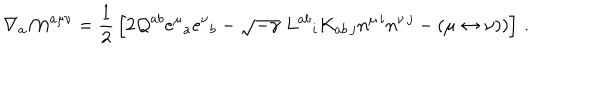
LaTeX: \nabla _ { a } { \cal M } ^ { a \mu \nu } = { \frac { 1 } { 2 } } \left[ 2 { \cal Q } ^ { a b } e ^ { \mu } { } _ { a } e ^ { \nu } { } _ { b } - \sqrt { - \gamma } \; L ^ { a b } { } _ { i } K _ { a b \, j } n ^ { \mu \, i } n ^ { \nu \, j } - ( \mu \leftrightarrow \nu ) ) \right] \, .